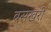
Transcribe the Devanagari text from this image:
बसखरी